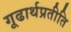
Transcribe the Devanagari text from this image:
गूढार्थप्रतीति